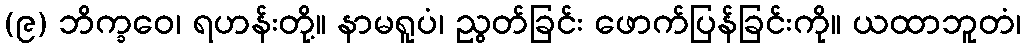
(၉) ဘိက္ခဝေ၊ ရဟန်းတို့။ နာမရူပံ၊ ညွတ်ခြင်း ဖောက်ပြန်ခြင်းကို။ ယထာဘူတံ၊